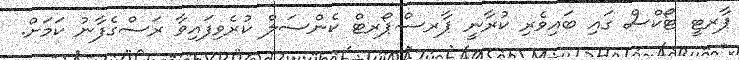
ޕާރޓީ ޓޯކްސް ގައި ބައިވެރި ކުރާނީ ޕާރސްޕޯރޓް ކެންސަލް ކުރެވިފައިވާ ރަސްގެފާނު ކަމަށް.